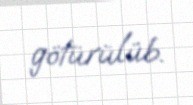
götürülüb.